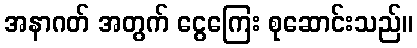
အနာဂတ် အတွက် ငွေကြေး စုဆောင်းသည်။